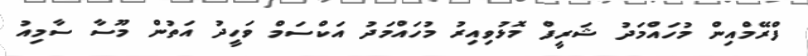
ފްރޭމްއިން މުހައްމަދު ޝަރީފް މޮޅުވިއިރު މުހައްމަދު އަކްސަމް ވަހީދު އަތުން މޫސާ ސާމިއު